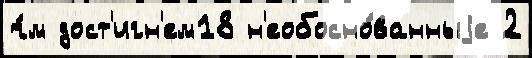
ч́м дост'игн'ем18 н'еобосно́ванныjе 2